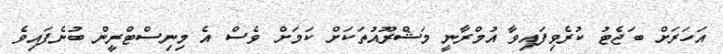
އަހަރަށް ބަޖެޓު ކުރެވިފައިވާ އުމްރާނީ މަޝްރޫއުތަކަށް ކަމަށް ވެސް އެ މިނިސްޓްރީން ބުނެފައިވެ